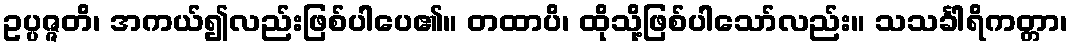
ဥပ္ပဇ္ဇတိ၊ အကယ်၍လည်းဖြစ်ပါပေ၏။ တထာပိ၊ ထိုသို့ဖြစ်ပါသော်လည်း။ သသင်္ခါရိကတ္တာ၊